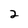
Character: 2